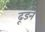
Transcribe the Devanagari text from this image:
ढूडने